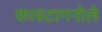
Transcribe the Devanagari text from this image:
कास्टागनोले